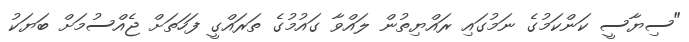
"ސިޔާސީ ކަންކަމުގެ ނަމުގައި ރައްޔިތުން ލައްވާ ގައުމުގެ ތަރައްގީ ފަހަތަށް ޖެއްސުމަށް ބަޔަކު